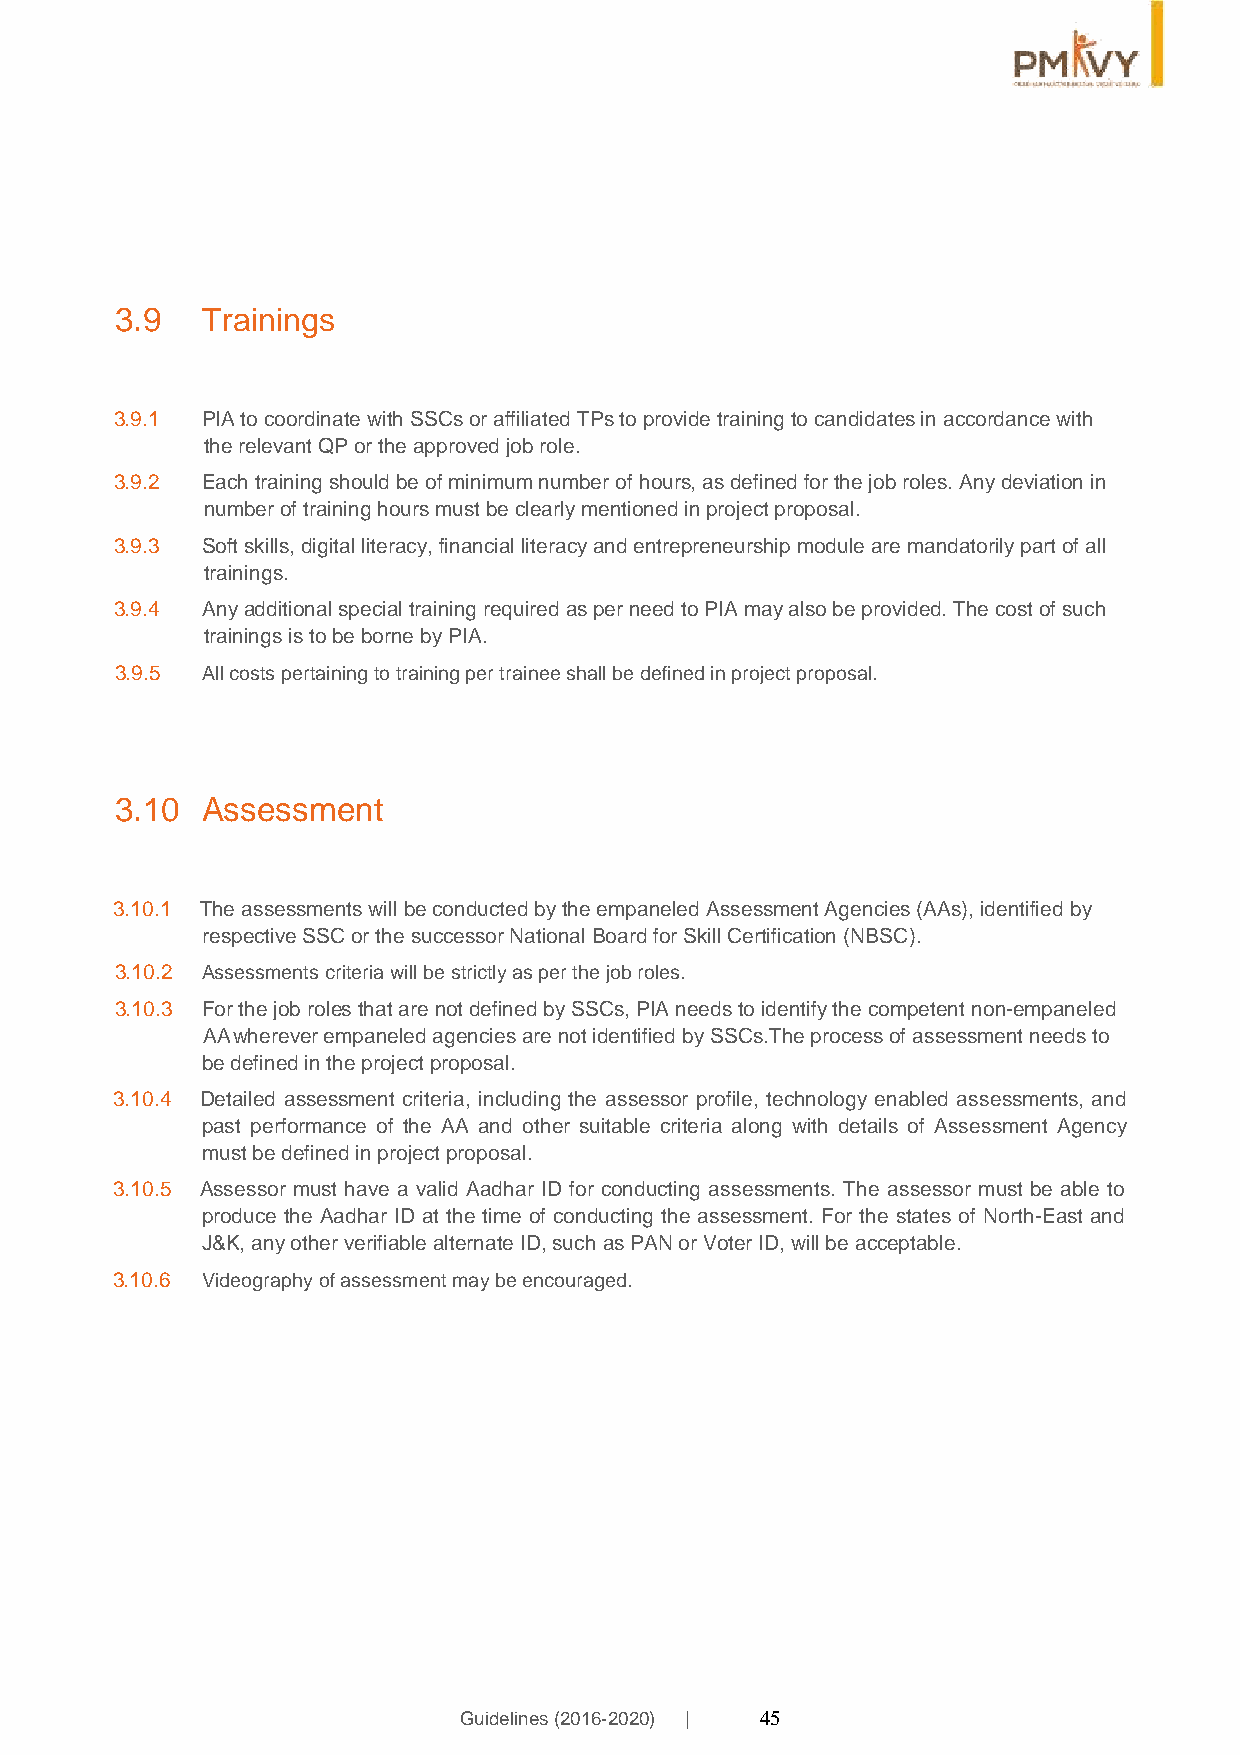
3.9  Trainings
 3.9.1 PIA to coordinate with SSCs or affiliated TPs to provide training to candidates in accordance with
 the relevant QP or the approved job role.
 3.9.2 Each training should be of minimum number of hours, as defined for the job roles. Any deviation in
 number of training hours must be clearly mentioned in project proposal.
 3.9.3 Soft skills, digital literacy, financial literacy and entrepreneurship module are mandatorily part of all
 trainings.
 3.9.4 Any additional special training required as per need to PIA may also be provided. The cost of such
 trainings is to be borne by PIA.
 3.9.5 All costs pertaining to training per trainee shall be defined in project proposal.
 3.10 Assessment
 3.10.1 The assessments will be conducted by the empaneled Assessment Agencies (AAs), identified by
 respective SSC or the successor National Board for Skill Certification (NBSC).
 3.10.2 Assessments criteria will be strictly as per the job roles.
 3.10.3 For the job roles that are not defined by SSCs, PIA needs to identify the competent non-empaneled
 AA wherever empaneled agencies are not identified by SSCs.The process of assessment needs to
 be defined in the project proposal.
 3.10.4 Detailed assessment criteria, including the assessor profile, technology enabled assessments, and
 past performance of the AA and other suitable criteria along with details of Assessment Agency
 must be defined in project proposal.
 3.10.5 Assessor must have a valid Aadhar ID for conducting assessments. The assessor must be able to
 produce the Aadhar ID at the time of conducting the assessment. For the states of North-East and
 J&K, any other verifiable alternate ID, such as PAN or Voter ID, will be acceptable.
 3.10.6 Videography of assessment may be encouraged.
 Guidelines (2016-2020) | 45